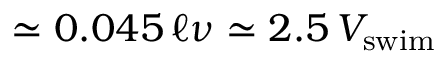
\simeq 0 . 0 4 5 \, \ell \nu \simeq 2 . 5 \, V _ { \mathrm { s w i m } }